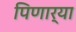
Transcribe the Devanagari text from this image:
पिणार्‍या